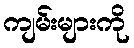
ကျမ်းများကို